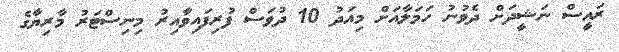
ރައީސް ނަޝީދަށް ދެވުނު ހަމަލާއަށް މިއަދު 10 ދުވަސް ފުރިފައިވާއިރު މިނިސްޓަރު މާރިޔާގެ